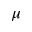
\mu